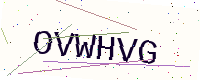
Text: OVWHVG